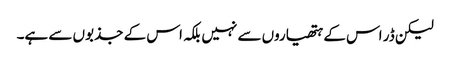
لیکن ڈر اس کے ہتھیاروں سے نہیں بلکہ اس کے جذبوں سے ہے۔